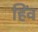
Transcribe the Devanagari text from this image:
हिंव